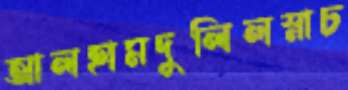
আলহামদুলিলস্নাচ